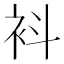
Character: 𧘞